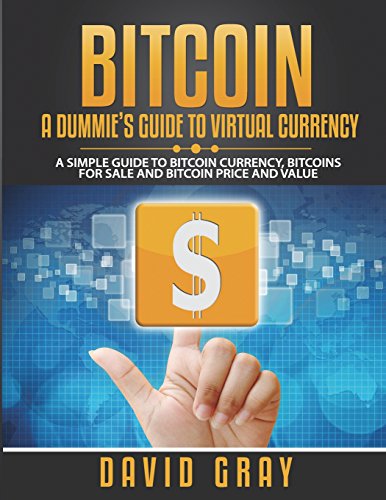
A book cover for BITCOIN: A DUMMIE'S GUIDE TO VIRTUAL CURRENCY (Large Print): A Simple Guide to Bitcoin Currency, Bitcoins for Sale and Bitcoin Price and Value; Gray David; Computers & Technology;